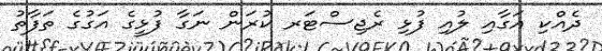
ދެއްކި އަގާއި ލުއި ފުޅި ރެޖިސްޓަރ ކުރަން ނަގާ ފުޅީގެ އަގުގެ ތަފާތު